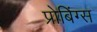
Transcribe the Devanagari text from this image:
प्रोबिंग्स